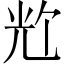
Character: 𪞀